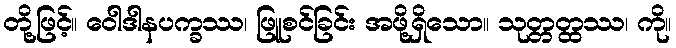
တို့ဖြင့်။ ဝေါဒါနပက္ခဿ၊ ဖြူစင်ခြင်း အဖို့ရှိသော။ သုတ္တတ္ထဿ၊ ကို။